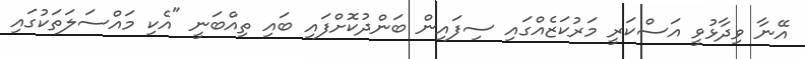
އޭނާ ވިދާޅުވީ އަސްކަރީ މަރުކަޒެއްގައި ސިފައިން ބަންދުކޮށްފައި ބައި ތިއްބަނީ "އެކި މައްސަލަތަކުގައި